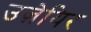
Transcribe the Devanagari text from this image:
उज़ेयिर